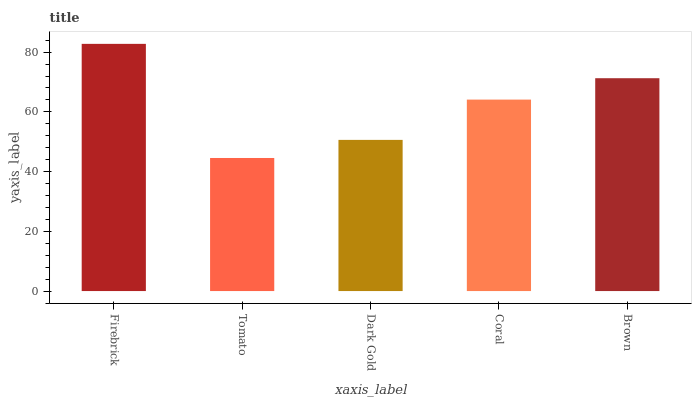
| xaxis_label | bars |
 | --- | --- |
 | Firebrick | 82.8 |
 | Tomato | 44.6 |
 | Dark Gold | 50.6 |
 | Coral | 64.1 |
 | Brown | 71.3 |